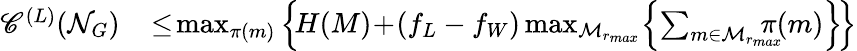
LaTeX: \begin{array}{rl}{\mathscr{C}^{(L)}(\mathcal{N}_{G})\! }&{{}\leq\! \operatorname*{max}_{\pi(m)}\left\{ \! H(M)\! +\! (f_{L}-f_{W})\operatorname*{max}_{\mathcal{M}_{r_{max}}}\! \left\{ \sum_{m\in\mathcal{M}_{r_{max}}}\! \! \! \! \! \! \pi(m)\right\} \! \right\} }\end{array}